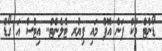
ޑޯންޓް މޭކް ފަން އޮފް މައި ޕިޔުރ ޓެލެންޓް.. އިޓްސް އަ ގޯޑް